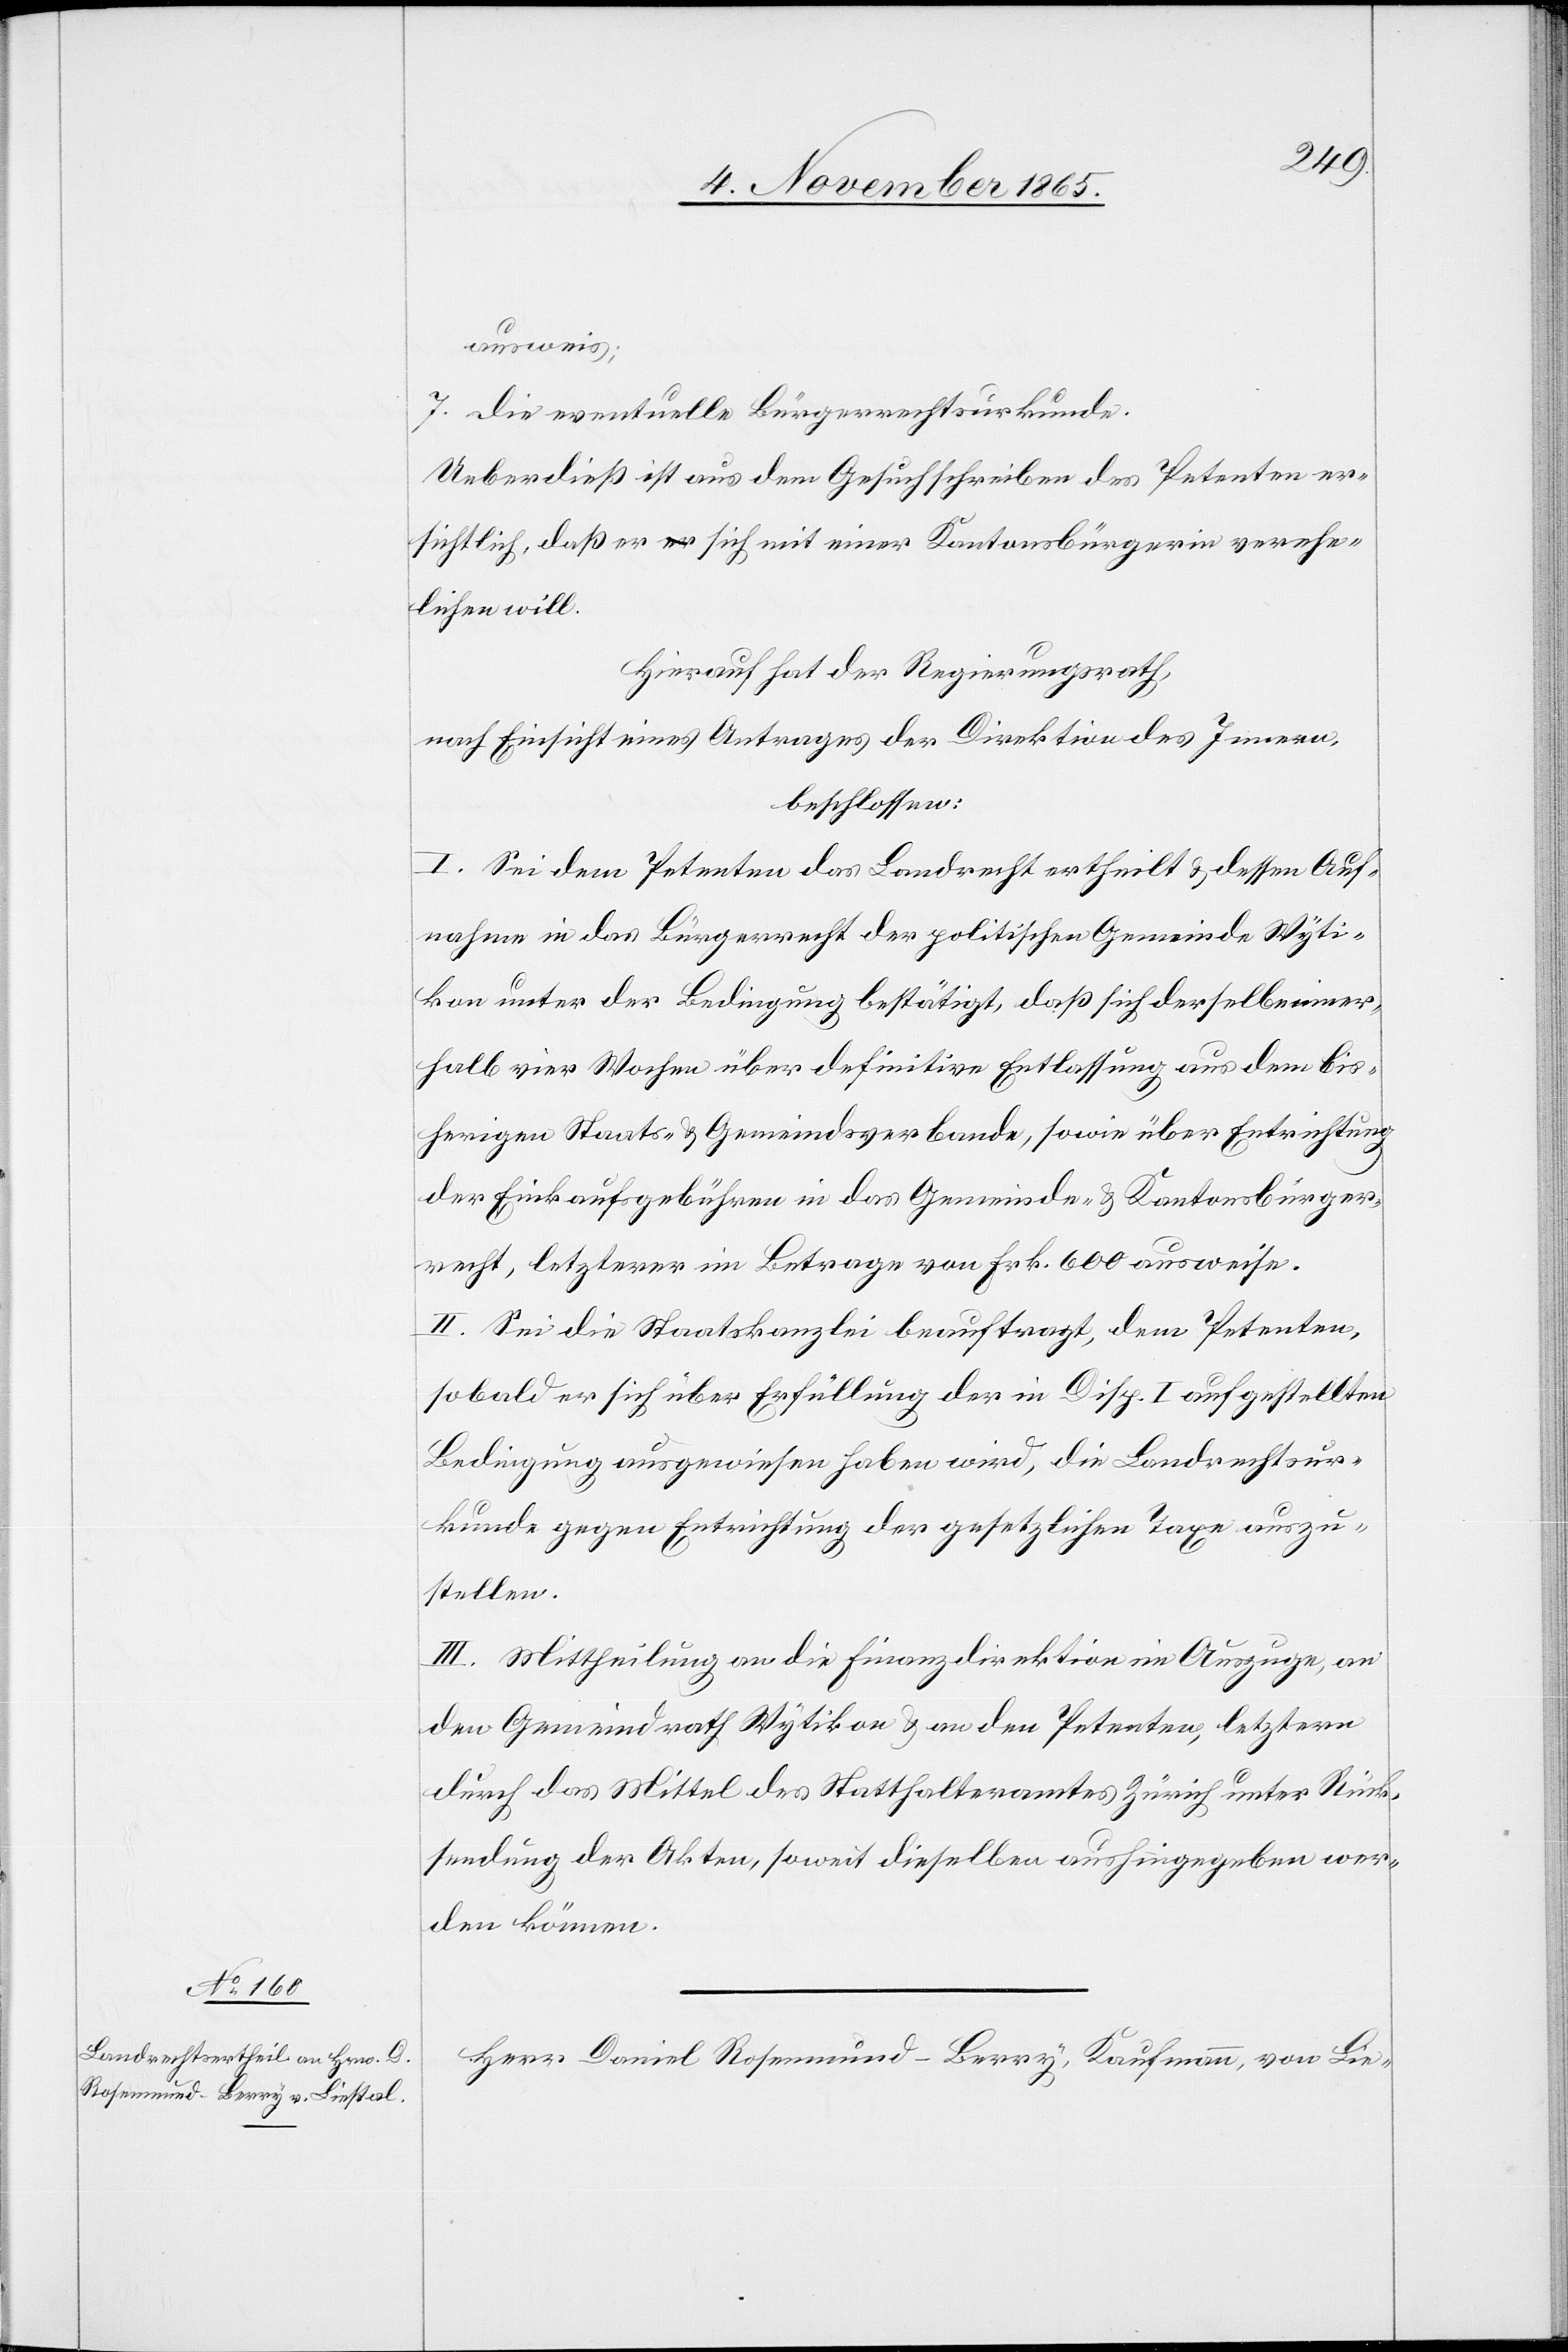
ausweis;
7. die eventuelle Bürgerrechtsurkunde.
Ueberdieß ist aus dem Gesuchschreiben des Petenten er¬
sichtlich, daß er sich mit einer Kantonsbürgerin verehe¬
lichen will.
Hierauf hat der Regierungsrath,
nach Einsicht eines Antrages der Direktion des Innern,
beschlossen:
I. Sei dem Petenten das Landrecht ertheilt & dessen Auf¬
nahme in das Bürgerrecht der politischen Gemeinde Wyti¬
kon unter der Bedingung bestätigt, daß sich derselbe inner¬
halb vier Wochen über definitive Entlassung aus dem bis¬
herigen Staats- & Gemeindsverbande, sowie über Entrichtung
der Einkaufsgebühren in das Gemeinde- & Kantonsbürger¬
recht, letzterer im Betrag von Frk. 600 ausweise.
II. Sei die Staatskanzlei beauftragt, dem Petenten,
sobald er sich über Erfüllung der in Disp. I aufgestellten
Bedingung ausgewiesen haben wird, die Landrechtsur¬
kunde gegen Entrichtung der gesetzlichen Taxe auszu¬
stellen.
III. Mittheilung an die Finanzdirektion im Auszuge, an
den Gemeindrath Wytikon & an den Petenten, letztern
durch das Mittel des Statthalteramtes Zürich unter Rück¬
sendung der Akten, soweit dieselben aushingegeben wer¬
den können.
Herr Daniel Rosenmund-Berry, Kaufmann, von Lie-